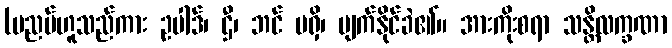
(ပညပ်ဟူသည်ကား ဥပါဒ်၊ ဌီ၊ ဘင် မရှိ၊ ပျက်နိုင်ခဲ၏။ အားကိုးစရာ သန္တိလက္ခဏာ